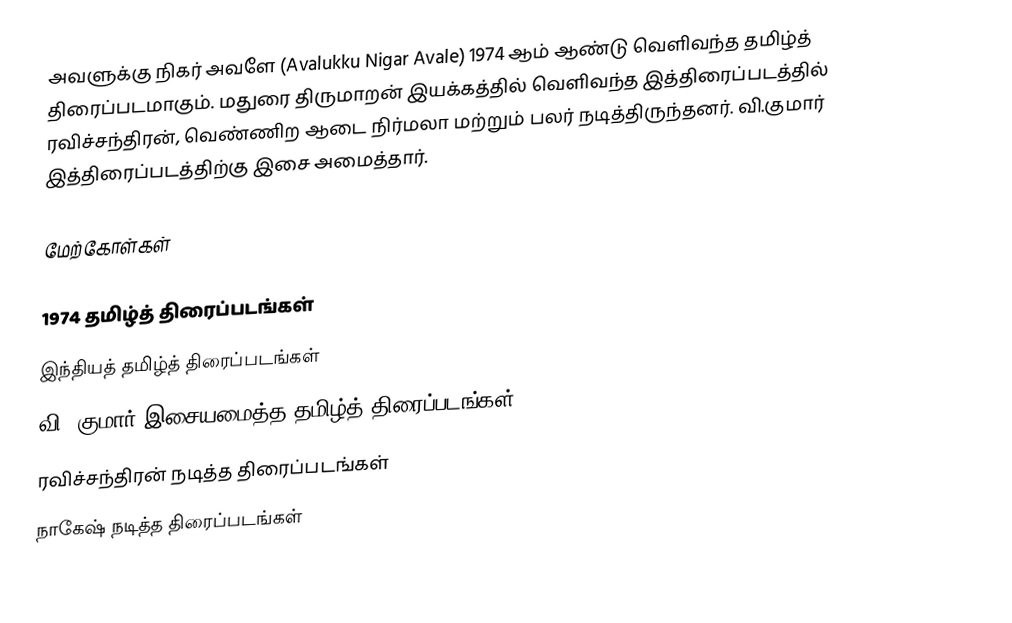
அவளுக்கு நிகர் அவளே (Avalukku Nigar Avale) 1974 ஆம் ஆண்டு வெளிவந்த தமிழ்த் திரைப்படமாகும். மதுரை திருமாறன் இயக்கத்தில் வெளிவந்த இத்திரைப்படத்தில் ரவிச்சந்திரன், வெண்ணிற ஆடை நிர்மலா மற்றும் பலர் நடித்திருந்தனர். வி.குமார் இத்திரைப்படத்திற்கு இசை அமைத்தார்.

மேற்கோள்கள்

1974 தமிழ்த் திரைப்படங்கள்
இந்தியத் தமிழ்த் திரைப்படங்கள்
வி. குமார் இசையமைத்த தமிழ்த் திரைப்படங்கள்
ரவிச்சந்திரன் நடித்த திரைப்படங்கள்
நாகேஷ் நடித்த திரைப்படங்கள்